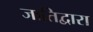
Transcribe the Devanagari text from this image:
जातिद्वारा